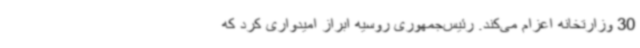
30 وزارتخانه اعزام می‌کند. رئیس‌جمهوری روسیه ابراز امیدواری کرد که